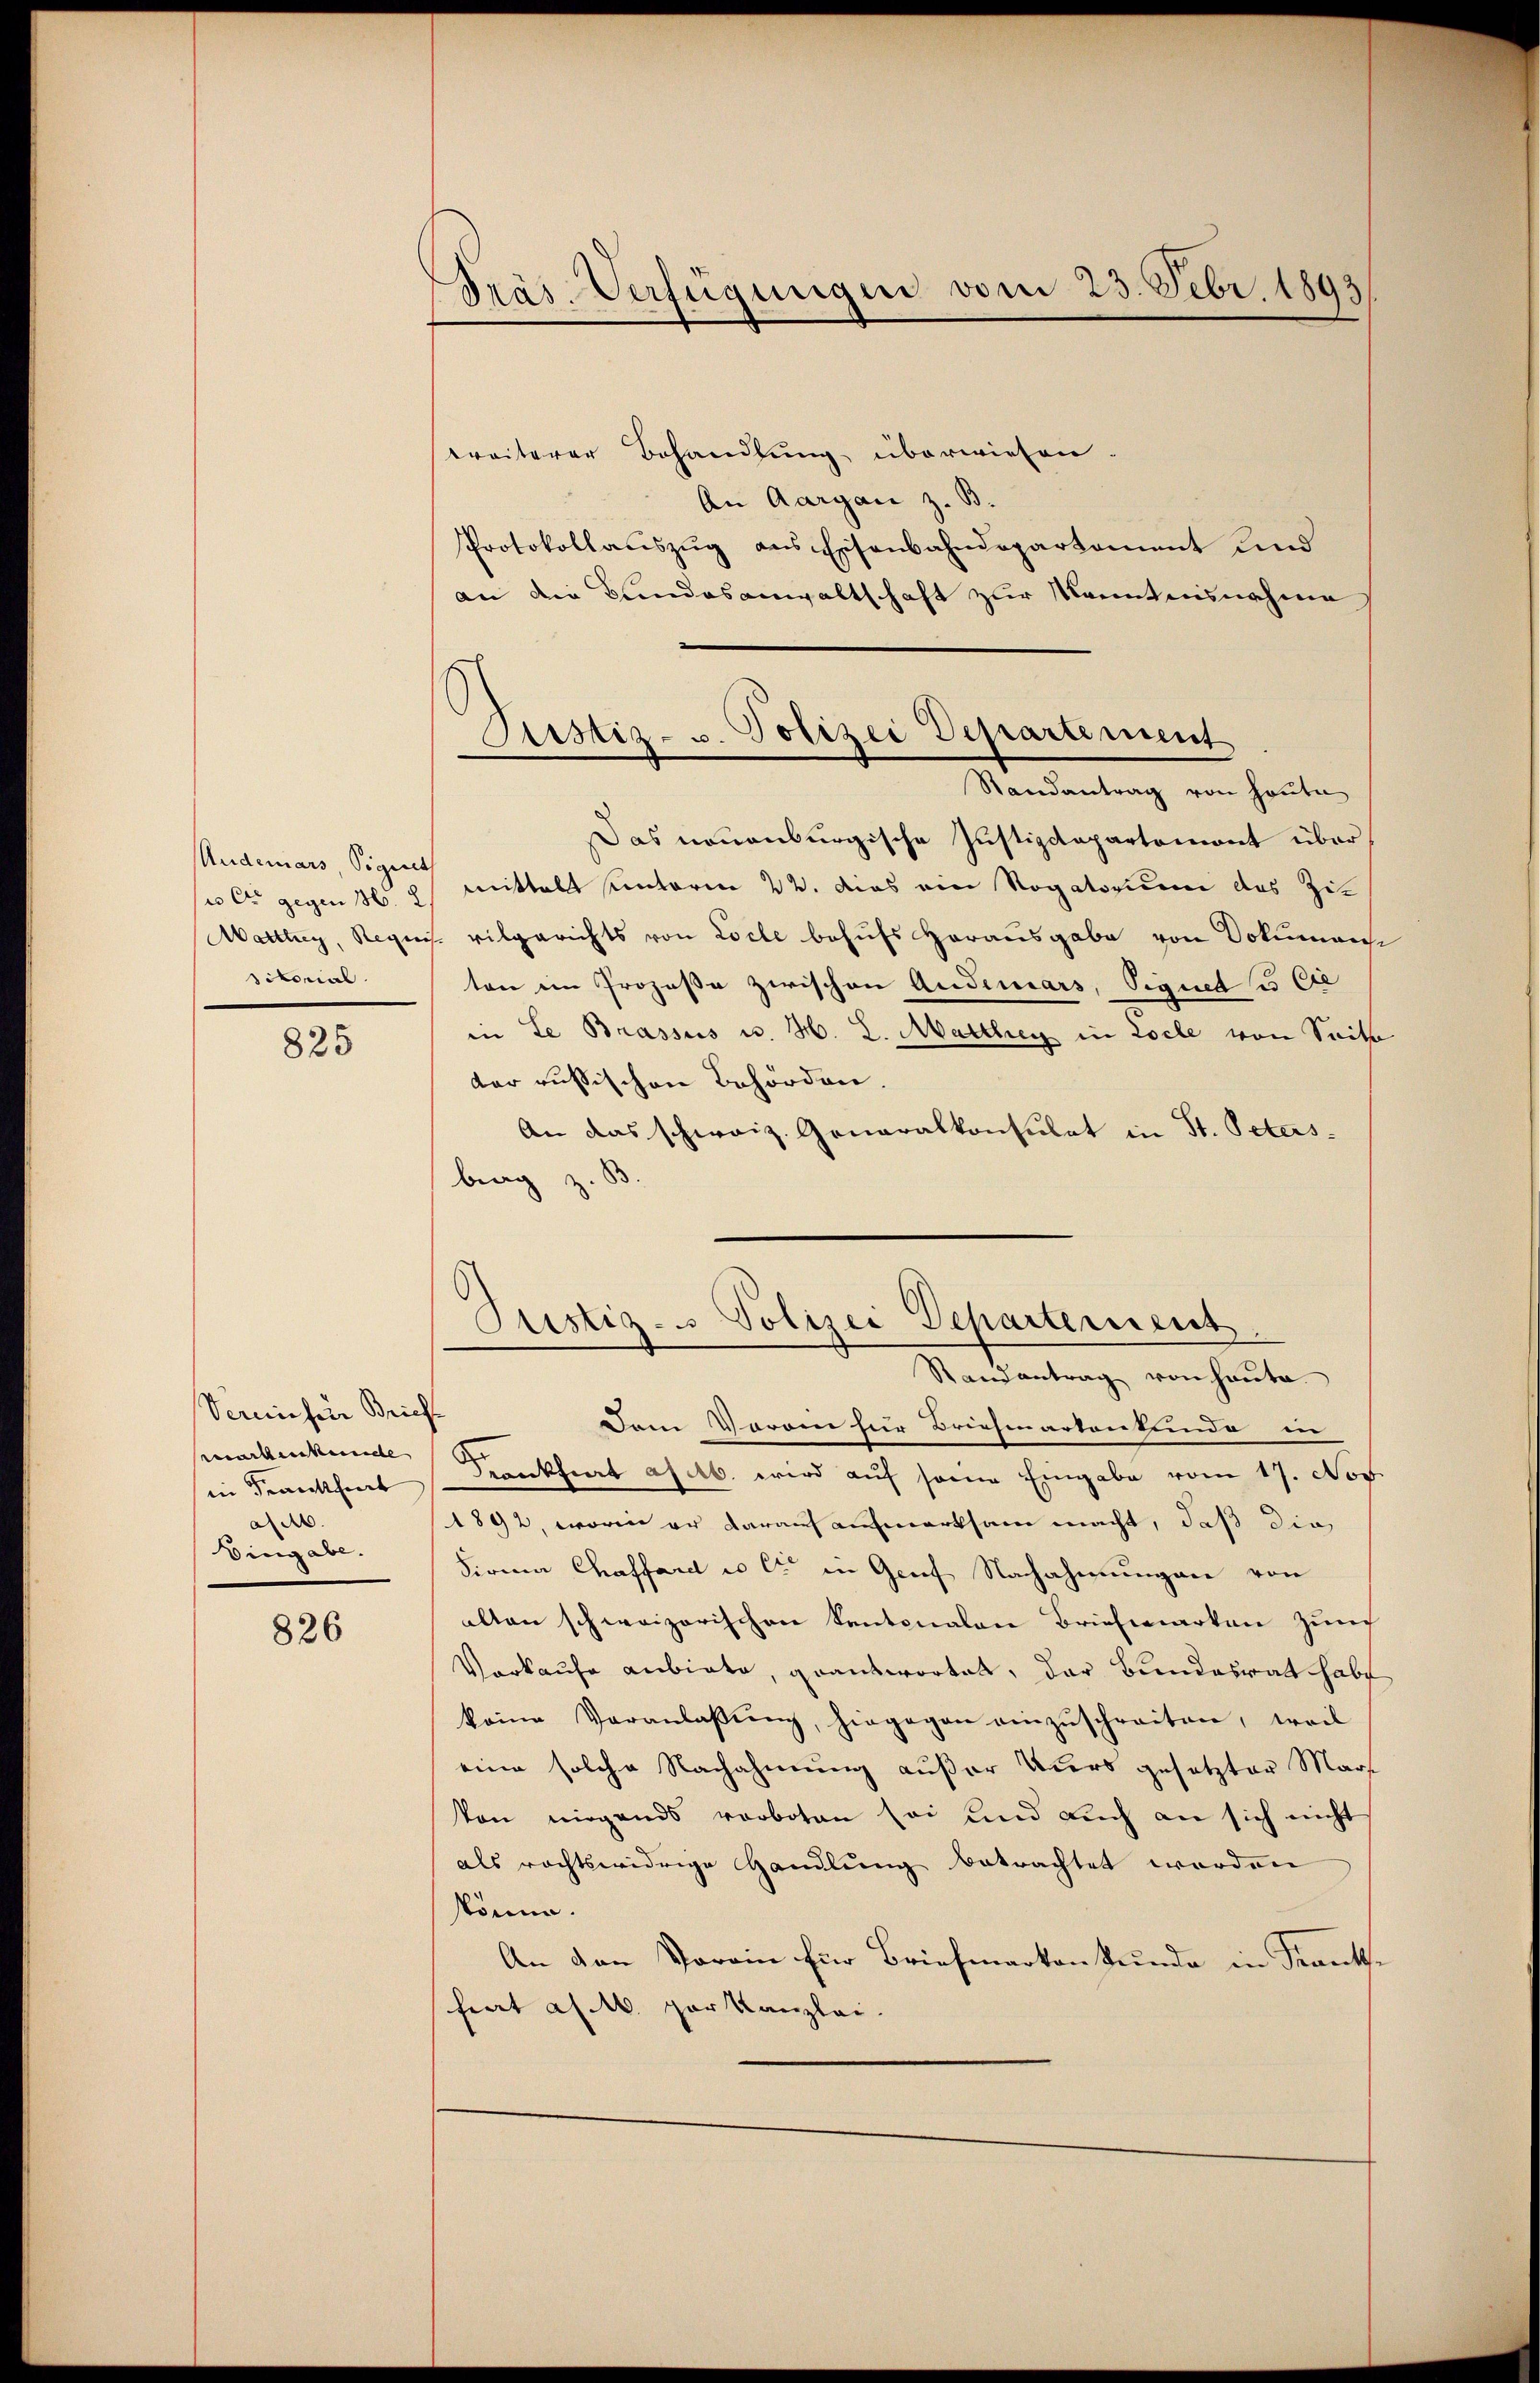
Underars Signet
u Cie gegen 136. 2
Aattteg, Regie
sitorial.

825

Vereinser Briefe
eearbenkame
in Frankfurt
ade
Eingabe.

826

Prás-Verfügungen vom 23. Febr. 1893

Justiz- u. Polizei Departement

weiterer Behandlung überwiesen.
An Aargau z. B.
Protokollauszug aus Eisenbahndepartament und
an die Bundesanwaltschaft zur Manntensnahme
Randantrag von heute
Das neuenburgische Justizdepartemont über
mittalt unterm 22. dies ein Rogatorium das Zit
vilgerichts von Loche behufs Herausgabe von Dokumen
ton im Prozeße zwischen Anderars, Signet u be
in Le Brassus u. H. L. Marthey in Locle von Seits
der russischen Behörden
An das schweiz. Generalkonsulat in St. Petersbrag z. B
Justiz- u Polizei Departement
Randantrag von heute.
Dam Vorren für Briehmartenkunde in
Frankheit as ab. wird aŭf seine Eingabe vom 17. Nov.
1892, worin er darauf aufmerksam macht, daß die
Firma Chassard u lt in Genf Nachahmungen von
alten schweizerischen kantonalen Briefmarken zur
Vorkaufe anbiete, geantwortet, der Bundesrat habe
keine Veranlaβŭng, hingegen einzŭschreiten, weil
eine solche Nachahmung außer Kurs gesetzter Mars
kon nirgends verboten sei und auch an sich nicht
als rechtswidrige Handlung betrachtet werden
stönne.
An den Vorein für Briefmarken kunde in Frank.
fiat a. M. zur Kanzlei.